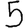
Digit: 5